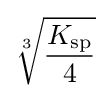
{\sqrt[{3}]{K_{{\ce {sp}}} \over 4}}